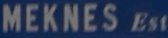
MEKNES Est